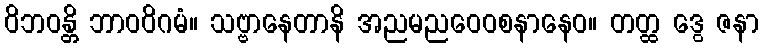
ဝိဘဝန္တိ ဘာဝဝိဂမံ။ သဗ္ဗာနေတာနိ အညမညဝေဝစနာနေဝ။ တတ္ထ ဒွေ ဇနာ